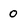
Character: 0